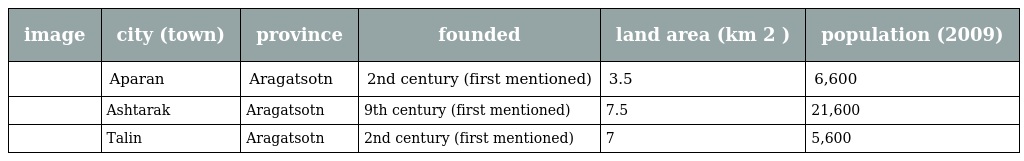
| image | city (town) | province | founded | land area (km 2 ) | population (2009) |
 | --- | --- | --- | --- | --- | --- |
 |  | Aparan | Aragatsotn | 2nd century (first mentioned) | 3.5 | 6,600 |
 |  | Ashtarak | Aragatsotn | 9th century (first mentioned) | 7.5 | 21,600 |
 |  | Talin | Aragatsotn | 2nd century (first mentioned) | 7 | 5,600 |